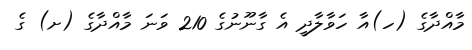
މާއްދާގެ (ހ)އާ ހަވާލާދީ އެ ގާނޫނުގެ 210 ވަނަ މާއްދާގެ (ށ) ގެ